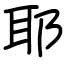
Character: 耶